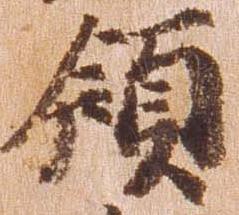
領